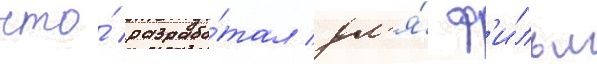
что́ разрабо́тал дл'я́ ф'и́льм